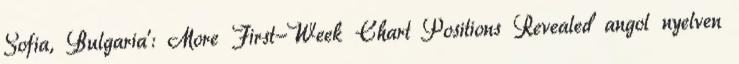
Sofia, Bulgaria': More First-Week Chart Positions Revealed angol nyelven